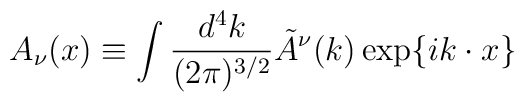
A_\nu (x)\equiv\int{d^4 k\over (2\pi)^{3/2}}\tilde A^\nu (k)\exp\{ik\cdot x\}\,